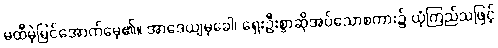
မထီမဲ့မြင်အောက်မေ့၏။ အာဒေယျမုခေါ၊ ရှေးဦးစွာဆိုအပ်သောစကား၌ ယုံကြည်သဖြင့်